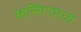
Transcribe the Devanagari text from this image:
कलिंगामध्ये